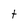
Character: t